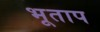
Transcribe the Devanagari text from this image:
भूताप